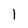
Character: l